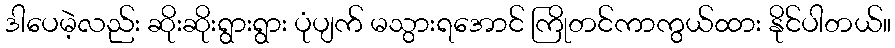
ဒါပေမဲ့လည်း ဆိုးဆိုးရွားရွား ပုံပျက် မသွားရအောင် ကြိုတင်ကာကွယ်ထား နိုင်ပါတယ်။